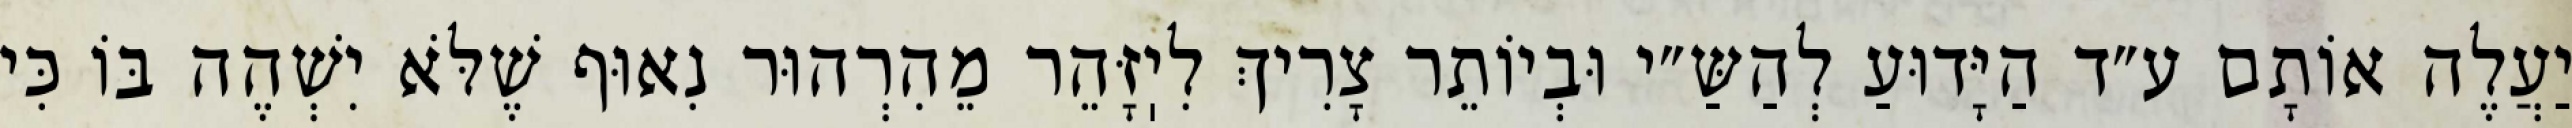
יַעֲלֶה אוֹתָם ע״ד הַיָּדוּעַ לְהַשַּ״י וּבְיוֹתֵר צָרִיךְ לִיֽזָּהֵר מֵהִרְהוּר נִאוּף שֶׁלֹּא יִשְׁהֶה בּוֹ כִּי